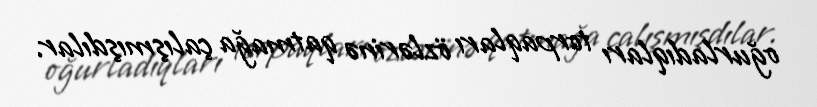
oğurladıqları torpaqları özlərinə qatmağa çalışmışdılar.